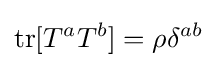
{\text{tr}}[T^{a}T^{b}]=\rho \delta ^{ab}